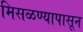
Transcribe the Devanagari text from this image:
मिसळण्यापासून